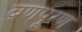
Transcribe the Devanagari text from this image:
ब्रणपूरण